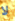
لا